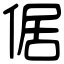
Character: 倨